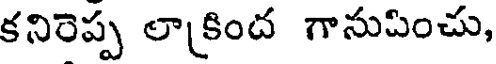
కనిరెప్ప లాకింద గానుపించు,